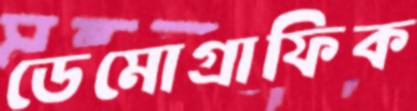
ডেমোগ্রাফিক